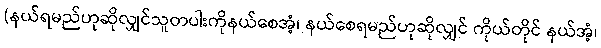
(နယ်ရမည်ဟုဆိုလျှင်သူတပါးကိုနယ်စေအံ့၊ နယ်စေရမည်ဟုဆိုလျှင် ကိုယ်တိုင် နယ်အံ့၊